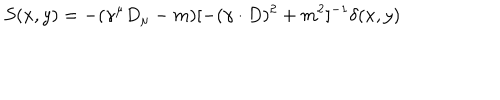
S ( x , y ) = - ( \gamma ^ { \mu } D _ { \mu } - m ) [ - ( \gamma \cdot D ) ^ { 2 } + m ^ { 2 } ] ^ { - 1 } \delta ( x , y )